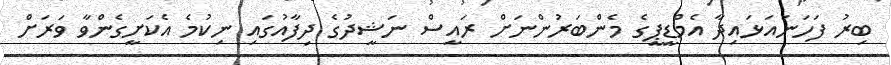
ބިރު ފަހަނައަޅައިދާ އެމްޑީޕީގެ މެންބަރުންނަށް ރައީސް ނަޝީދުގެ ދިފާއުގައި ނިކުމެ އެކަށީގެންވާ ވަރަށް